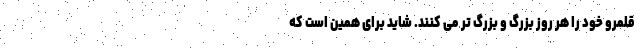
قلمرو خود را هر روز بزرگ و بزرگ تر می کنند. شاید برای همین است که